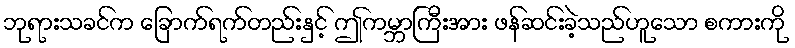
ဘုရားသခင်က ခြောက်ရက်တည်းနှင့် ဤကမ္ဘာကြီးအား ဖန်ဆင်းခဲ့သည်ဟူသော စကားကို